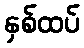
နှစ်ထပ်